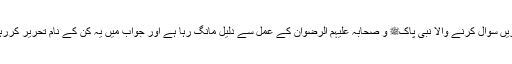
غور کریں سوال کرنے والا نبی پاکﷺ و صحابہ علیہم الرضوان کے عمل سے دلیل مانگ رہا ہے اور جواب میں یہ کن کے نام تحریر کررہے ہیں۔